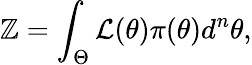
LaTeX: \mathbb{Z}=\int_{\Theta}\mathcal{{L}}(\theta)\pi(\theta)d^{n}\theta,